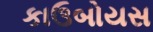
કાઉબોયસ